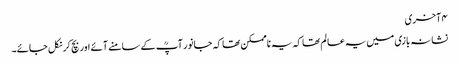
۴ آخری
نشانہ بازی میں یہ عالم تھا کہ یہ ناممکن تھا کہ جانور آپؒ کے سامنے آئے اور بچ کر نکل جائے۔